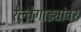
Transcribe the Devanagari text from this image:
रेल्वेगाड्यांवर